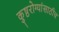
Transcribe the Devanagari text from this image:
कुष्ठरोग्यांसाठीच